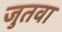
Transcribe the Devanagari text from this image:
जुतवा